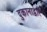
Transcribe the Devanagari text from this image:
दुकानाद्वारे